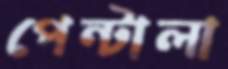
পেন্টালা